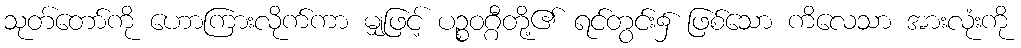
သုတ်တော်ကို ဟောကြားလိုက်ကာ မျှဖြင့် ပဉ္စဝဂ္ဂီတို့၏ ရင်တွင်း၌ ဖြစ်သော ကိလေသာ အားလုံးကို